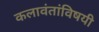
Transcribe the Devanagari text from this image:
कलावंतांविषयी